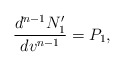
\begin{align*} \frac{d^{n-1}N_1'}{dv^{n-1}}=P_1,\end{align*}